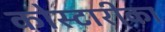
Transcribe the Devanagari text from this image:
कोस्टारीका